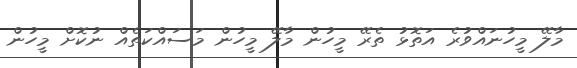
މާލޭ މީހުނައްވުރެ އަތޮޅު ތެރޭ މީހުން މާލޭ މީހުން މަސައްކަތެއް ނުކޮށް މީހުން